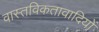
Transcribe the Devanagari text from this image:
वास्तविकतावादियों